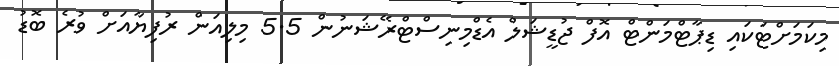
މިކަމަށްޓަކައި ޑިޕާޓްމަންޓް އޮފް ޖުޑީޝަލް އެޑްމިނިސްޓްރޭޝަނުން 5.5 މިލިއަން ރުފިޔާއަށް ވުރެ ބޮޑު